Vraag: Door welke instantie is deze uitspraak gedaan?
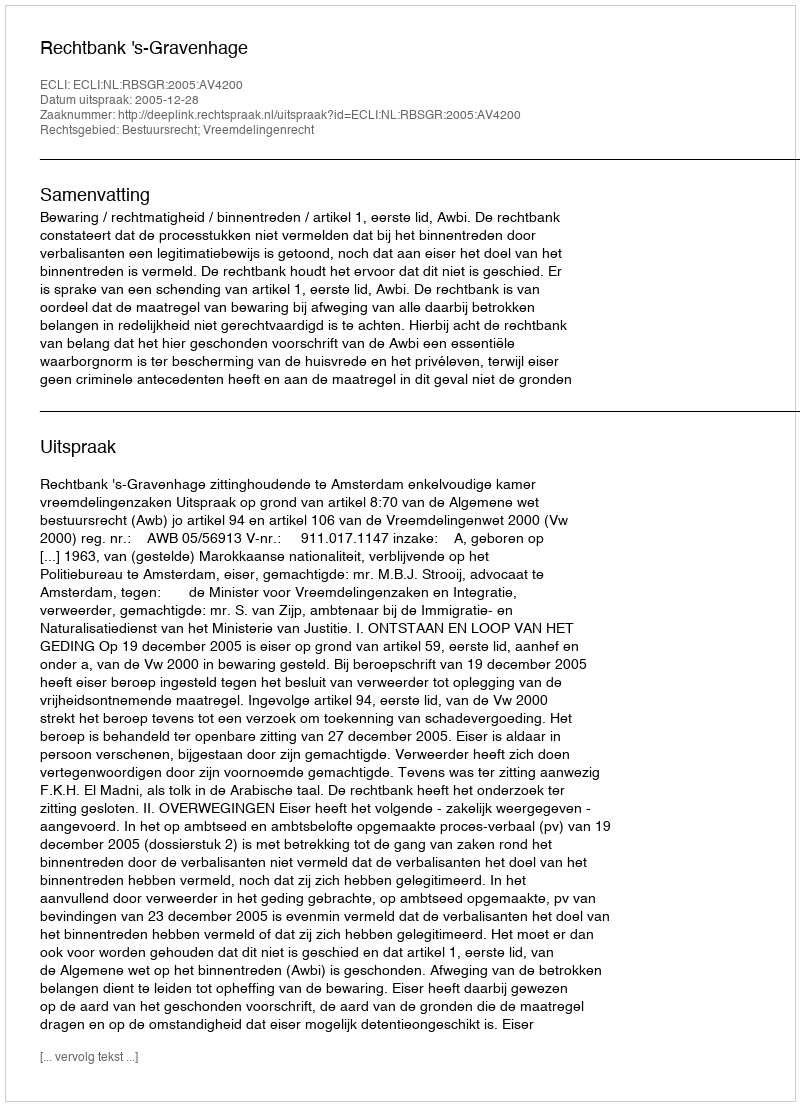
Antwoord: Rechtbank 's-Gravenhage